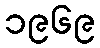
၁၉၆၉